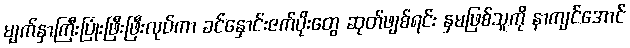
မျက်နှာကြီးပြုံးဖြီးဖြီးလုပ်ကာ ခင်နှောင်းဇက်ပိုးတွေ ဆုတ်ဖျစ်ရင်း နှမဖြစ်သူကို နာကျင်အောင်